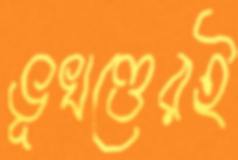
ভূখণ্ডেরই